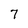
Character: 7